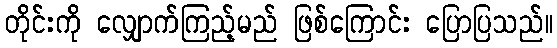
တိုင်းကို လျှောက်ကြည့်မည် ဖြစ်ကြောင်း ပြောပြသည်။